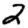
Digit: 2